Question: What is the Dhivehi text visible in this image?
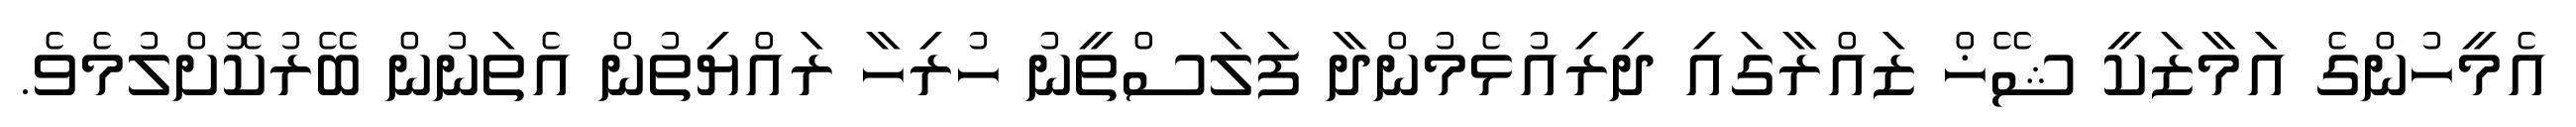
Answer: އެމީހުންގެ އަމާޒަކީ ޝޭޚް ޒައްރާގައި ދިރިއުޅެމުންދާ ފަލަސްތީނު ހުރިހާ ރައްޔިތުން އެތަނުން ބޭރުކޮށްލުމެވެ.